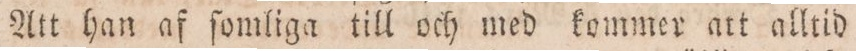
Att han af ſomliga till och med kommer att alltid